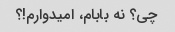
چی؟ نه بابام، امیدوارم!؟